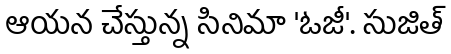
ఆయన చేస్తున్న సినిమా 'ఓజీ'. సుజిత్